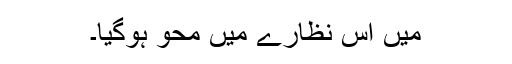
میں اس نظارے میں محو ہوگیا۔